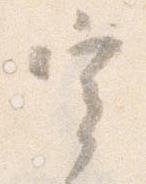
宰